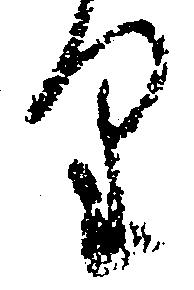
り